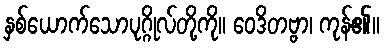
နှစ်ယောက်သောပုဂ္ဂိုလ်တို့ကို။ ဝေဒိတဗ္ဗာ၊ ကုန်၏။